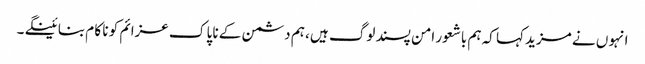
انہو ں نے مزید کہا کہ ہم باشعور امن پسند لوگ ہیں ، ہم دشمن کے نا پا ک عزائم کو نا کا م بنا ئینگے ۔